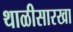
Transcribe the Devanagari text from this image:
थाळीसारखा